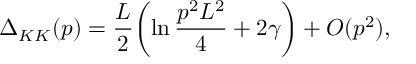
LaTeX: \Delta _ { K K } ( p ) = { \frac { L } { 2 } } \biggl ( \ln { \frac { p ^ { 2 } L ^ { 2 } } { 4 } } + 2 \gamma \biggr ) + { \cal O } ( p ^ { 2 } ) ,